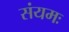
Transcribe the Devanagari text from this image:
संयमः